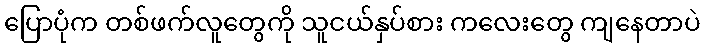
ပြောပုံက တစ်ဖက်လူတွေကို သူငယ်နှပ်စား ကလေးတွေ ကျနေတာပဲ